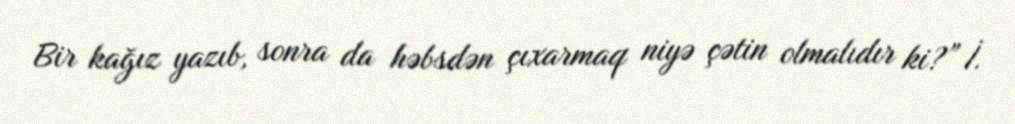
Bir kağız yazıb, sonra da həbsdən çıxarmaq niyə çətin olmalıdır ki?” İ.